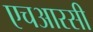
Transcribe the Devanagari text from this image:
एचआरसी